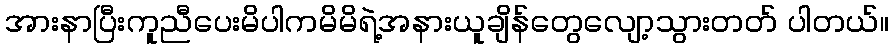
အားနာပြီးကူညီပေးမိပါကမိမိရဲ့အနားယူချိန်တွေလျော့သွားတတ် ပါတယ်။